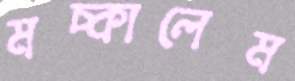
মচ্‌কালেম